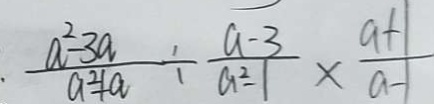
\cdot \frac { a ^ { 2 } - 3 a } { a ^ { 2 } + a } \div \frac { a - 3 } { a ^ { 2 } - 1 } \times \frac { a + 1 } { a - 1 }